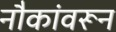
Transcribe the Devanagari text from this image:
नौकांवरून